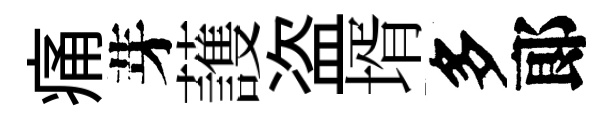
痛芽䕶盗壻多郞